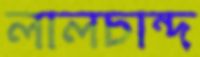
লালচান্দ